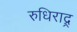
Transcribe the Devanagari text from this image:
रुधिराद्र्र